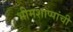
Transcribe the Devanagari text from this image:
भीमशाप्पांची